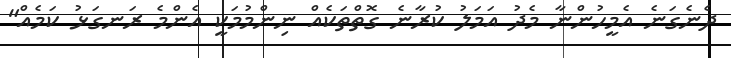
ދެނެގަނެ އެމީހުންނާ މެދު އަމަލު ކުރާނެ ގޮތްތަކެއް ނިންމުމަކީ އެންމެ ރަނގަޅު ކަމެއް"